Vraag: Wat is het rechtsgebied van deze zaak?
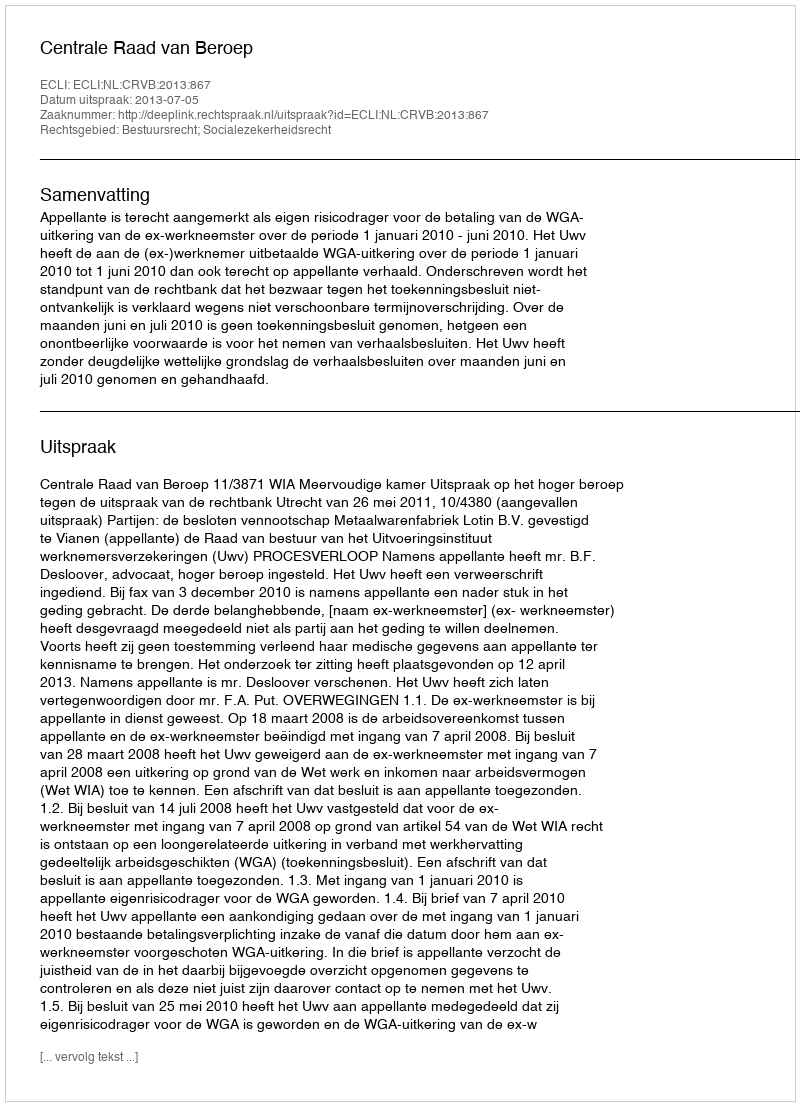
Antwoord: Bestuursrecht; Socialezekerheidsrecht